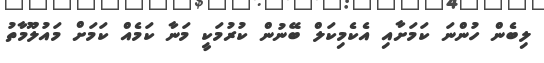
ލިބެން ހުންނަ ކަމަށާއި އެކެމިކަލް ބޭނުން ކުރުމަކީ މަނާ ކަމެއް ކަމަށް މައުލޫމާތު